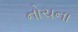
નોચના